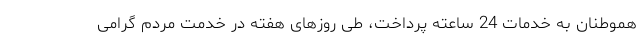
هموطنان به خدمات 24 ساعته پرداخت، طی روزهای هفته در خدمت مردم گرامی